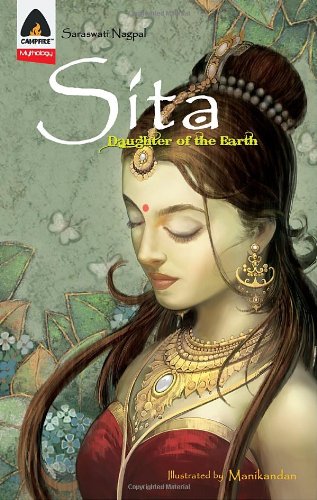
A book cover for Sita: Daughter of the Earth: A Graphic Novel (Campfire Graphic Novels); Saraswati Nagpal; Children's Books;